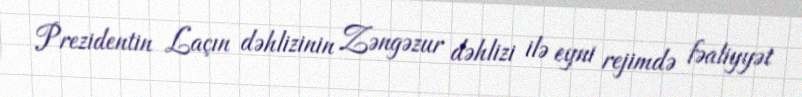
Prezidentin Laçın dəhlizinin Zəngəzur dəhlizi ilə eyni rejimdə fəaliyyət